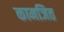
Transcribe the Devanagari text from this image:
कामजित